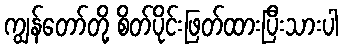
ကျွန်တော်တို့ စိတ်ပိုင်းဖြတ်ထားပြီးသားပါ